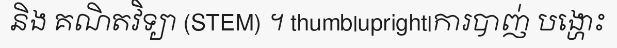
និង គណិតវិទ្យា (STEM) ។ thumb|upright|ការបាញ់ បង្ហោះ